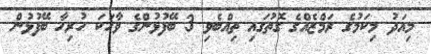
މިއަދު މިކަމުގެ ރަމްޒެއްގެ ގޮތުގައި ތިއްބެވި 3 ބޭފުޅުންގެ ވާހަކަ ހުރިހާ ބޭފުޅުން